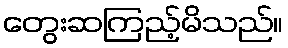
တွေးဆကြည့်မိသည်။